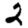
Digit: 2